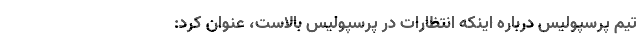
تیم پرسپولیس درباره اینکه انتظارات در پرسپولیس بالاست، عنوان کرد: